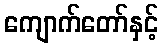
ကျောက်တော်နှင့်